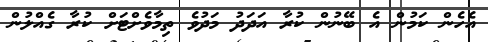
އެހެން ކަމުން އެ ބޭނުން ކުރާ އަދަދު މަދުވެ ތިމާވެށްޓަށް ކުރާ ގެއްލުން